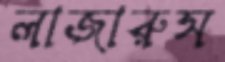
লাজারুস